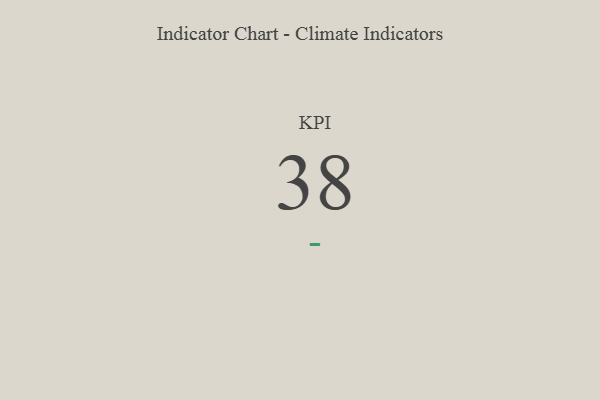
{"axis": {"x": "KPI", "y": "Value"}, "legend": [""], "data": [{"x": "KPI", "y": 38, "type": ""}]}